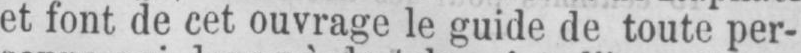
et font de cet ouvrage le guide de toute per-